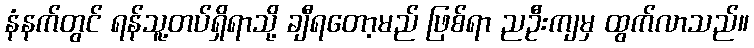
နံနက်တွင် ရန်သူ့တပ်ရှိရာသို့ ချီရတော့မည် ဖြစ်ရာ ညဦးကျမှ ထွက်လာသည်။